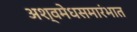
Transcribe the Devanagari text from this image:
अश्वमेधसमारंभात